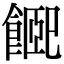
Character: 𩝮